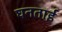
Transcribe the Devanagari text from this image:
घनताई